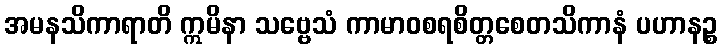
အမနသိကာရာတိ ဣမိနာ သဗ္ဗေသံ ကာမာဝစရစိတ္တစေတသိကာနံ ပဟာနဉ္စ